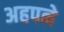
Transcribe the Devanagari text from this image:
अहपने